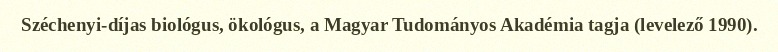
Széchenyi-díjas biológus, ökológus, a Magyar Tudományos Akadémia tagja (levelező 1990).